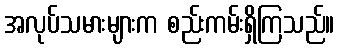
အလုပ်သမားများက စည်းကမ်းရှိကြသည်။